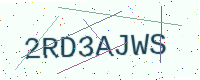
Text: 2RD3AJWS